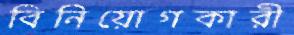
বিনিয়োগকারী